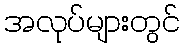
အလုပ်များတွင်